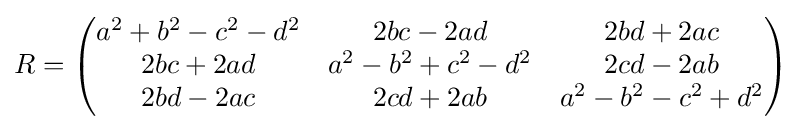
R={\begin{pmatrix}a^{2}+b^{2}-c^{2}-d^{2}&2bc-2ad&2bd+2ac\\2bc+2ad&a^{2}-b^{2}+c^{2}-d^{2}&2cd-2ab\\2bd-2ac&2cd+2ab&a^{2}-b^{2}-c^{2}+d^{2}\\\end{pmatrix}}